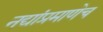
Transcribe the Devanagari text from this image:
नद्यांप्रमाणेच